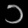
Digit: ၁